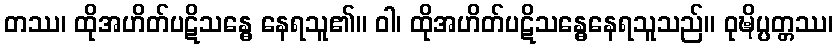
တဿ၊ ထိုအဟိတ်ပဋိသန္ဓေ နေရသူ၏။ ဝါ၊ ထိုအဟိတ်ပဋိသန္ဓေနေရသူသည်။ ဝုဍ္ဎိပ္ပတ္တဿ၊